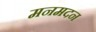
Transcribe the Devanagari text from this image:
मनमदन